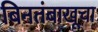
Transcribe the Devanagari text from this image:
बिनतंबाखूचा